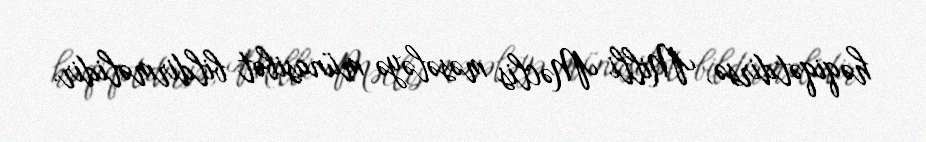
həqiqətdirsə, Milli Məclis məsələyə münasibət bildirməlidir.